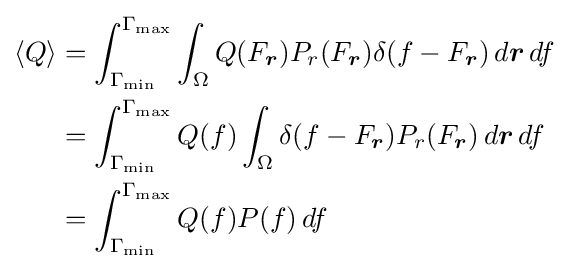
{\begin{aligned}\langle Q\rangle &=\int _{\Gamma _{\min }}^{\Gamma _{\max }}\int _{\Omega }Q(F_{\boldsymbol {r}})P_{r}(F_{\boldsymbol {r}})\delta (f-F_{\boldsymbol {r}})\,d{\boldsymbol {r}}\,df\\&=\int _{\Gamma _{\min }}^{\Gamma _{\max }}Q(f)\int _{\Omega }\delta (f-F_{\boldsymbol {r}})P_{r}(F_{\boldsymbol {r}})\,d{\boldsymbol {r}}\,df\\&=\int _{\Gamma _{\min }}^{\Gamma _{\max }}Q(f)P(f)\,df\\\end{aligned}}